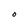
Character: O